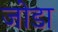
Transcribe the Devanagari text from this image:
जाेडा